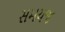
સમયજ